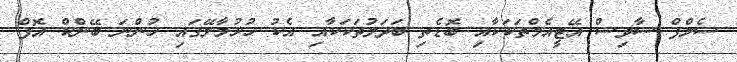
ސެލްފް ސާވިސް އޭޓީއެމްތަކަކާއި ބޮޑެތި ބަދަލުތަކަކާއި އެކު ހުޅުމާލޭގައި ހުންނަ ބޭންކް އޮފް